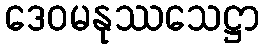
ဒေဝမနုဿသေဋ္ဌာ